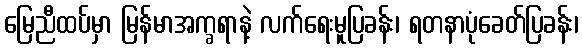
မြေညီထပ်မှာ မြန်မာအက္ခရာနဲ့ လက်ရေးမူပြခန်း၊ ရတနာပုံခေတ်ပြခန်း၊